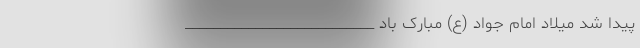
پیدا شد میلاد امام جواد (ع) مبارک باد ___________________________